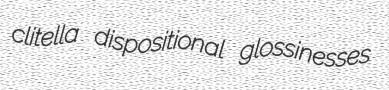
clitella dispositional glossinesses